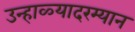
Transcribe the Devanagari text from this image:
उन्हाळ्यादरम्यान